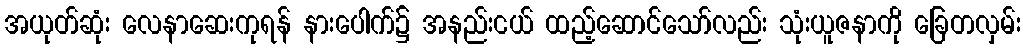
အယုတ်ဆုံး လေနာဆေးကုရန် နားပေါက်၌ အနည်းငယ် ထည့်ဆောင်သော်လည်း သုံးယူဇနာကို ခြေတလှမ်း